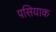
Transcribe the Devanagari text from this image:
पसियाक